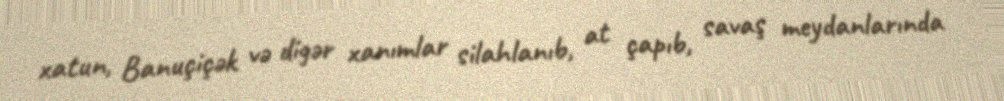
xatun, Banuçiçək və digər xanımlar silahlanıb, at çapıb, savaş meydanlarında